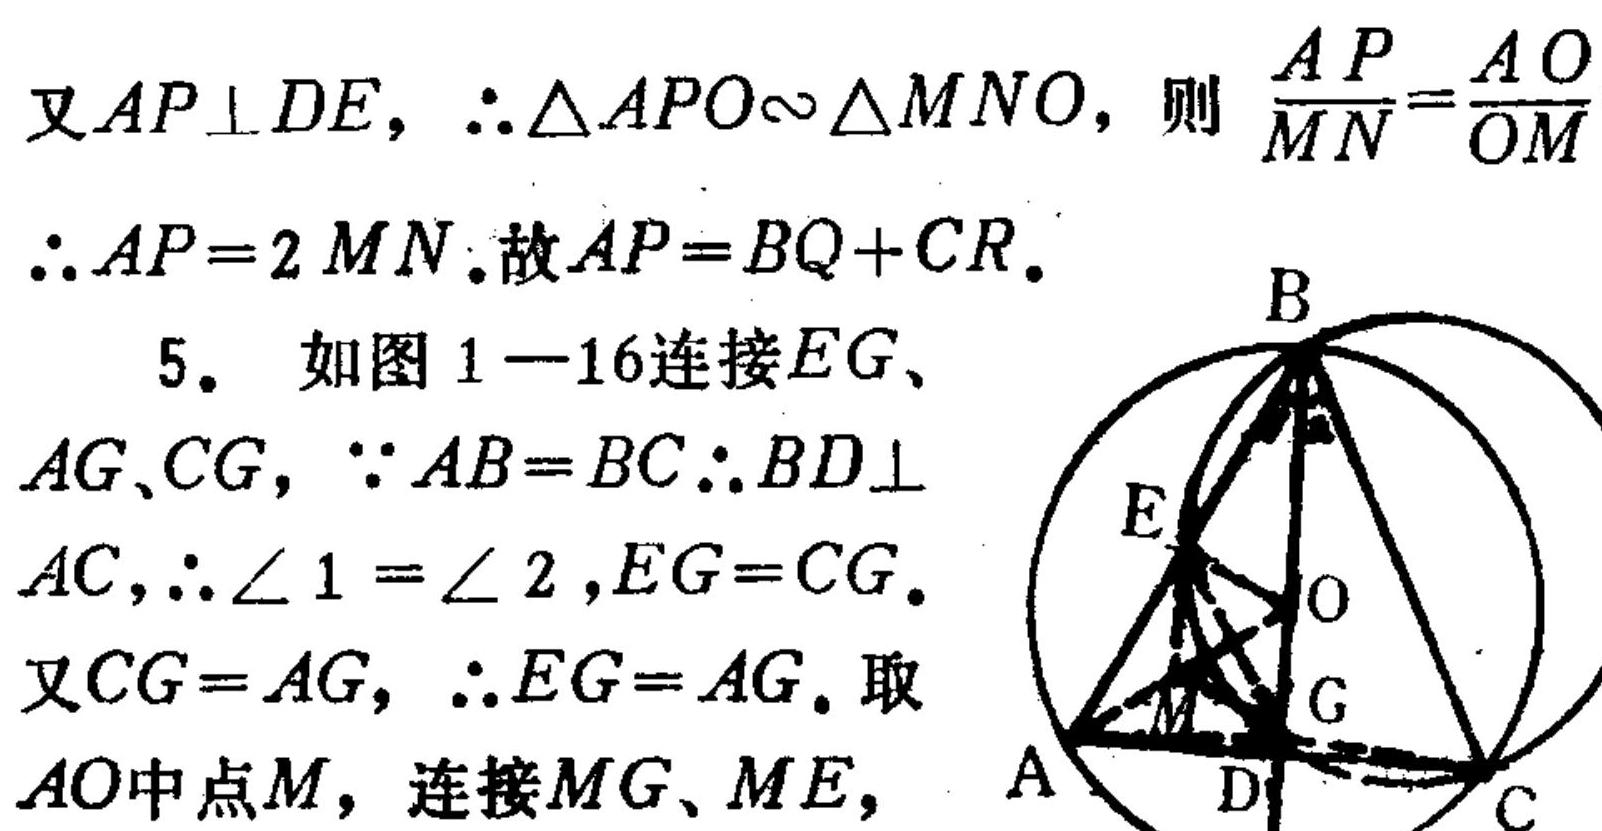
又\(AP\perp DE\)，\(\therefore \triangle APO\sim\triangle MNO\)，则 \(\frac{AP}{MN}=\frac{AO}{OM}\)
\(\therefore AP = 2MN\).故\(AP = BQ + CR\).

5. 如图1—16连接\(EG\)、
\(AG\)、\(CG\)，\(\because AB = BC\therefore BD\perp\)
\(AC\)，\(\therefore\angle 1=\angle 2\)，\(EG = CG\).
又\(CG = AG\)，\(\therefore EG = AG\). 取
\(AO\)中点\(M\)，连接\(MG\)、\(ME\)，